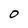
Character: 0